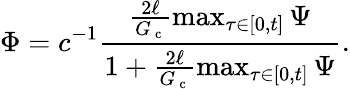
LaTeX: \Phi=c^{-1}\frac{\frac{2\ell}{G_{\mathrm{~c~}}}\operatorname*{max}_{\tau\in[0,t]}\Psi}{1+\frac{2\ell}{G_{\mathrm{~c~}}}\operatorname*{max}_{\tau\in[0,t]}\Psi}.